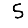
Digit: 5